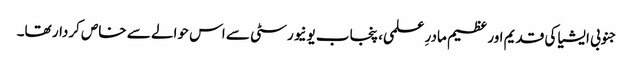
جنوبی ایشیا کی قدیم اور عظیم مادرِ علمی، پنجاب یونیورسٹی سے اس حوالے سے خاص کردار تھا۔